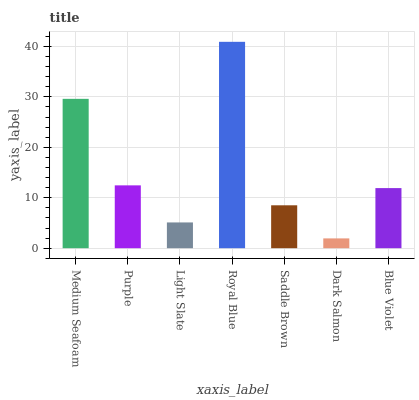
| xaxis_label | bars |
 | --- | --- |
 | Medium Seafoam | 29.6 |
 | Purple | 12.5 |
 | Light Slate | 5.11 |
 | Royal Blue | 40.9 |
 | Saddle Brown | 8.51 |
 | Dark Salmon | 1.95 |
 | Blue Violet | 11.9 |